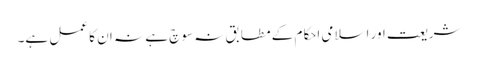
شریعت اور اسلامی احکام کے مطابق نہ سوچ ہے نہ ان کا عمل ہے۔